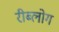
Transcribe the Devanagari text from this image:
रीब्लोग